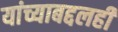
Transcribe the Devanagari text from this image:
यांच्याबद्दलही